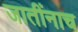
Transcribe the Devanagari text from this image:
जातींनाच